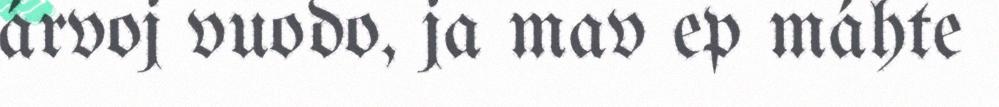
árvoj vuodo, ja mav ep máhte